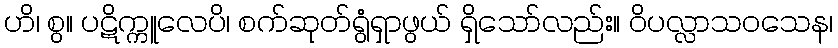
ဟိ၊ စွ။ ပဋိက္ကူလေပိ၊ စက်ဆုတ်ရွံရှာဖွယ် ရှိသော်လည်း။ ဝိပလ္လာသဝသေန၊